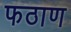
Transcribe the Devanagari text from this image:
फठाण